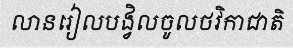
លានរៀលបង្វិលចូលថវិកាជាតិ